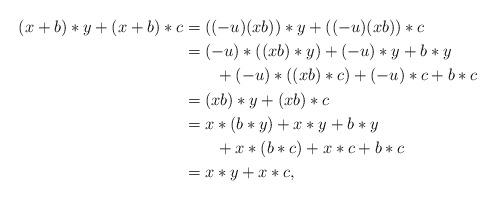
LaTeX: \begin{align*} (x+b)*y+(x+b)*c&=((-u)(xb))*y+((-u)(xb))*c\\ &=(-u)*((xb)*y)+(-u)*y+b*y\\&\qquad\mbox{}+(-u)*((xb)*c)+(-u)*c+b*c\\ &=(xb)*y+(xb)*c\\ &=x*(b*y)+x*y+b*y\\&\qquad\mbox{}+x*(b*c)+x*c+b*c\\ &=x*y+x*c, \end{align*}